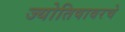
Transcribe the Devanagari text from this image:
ज्योतिषावरचे